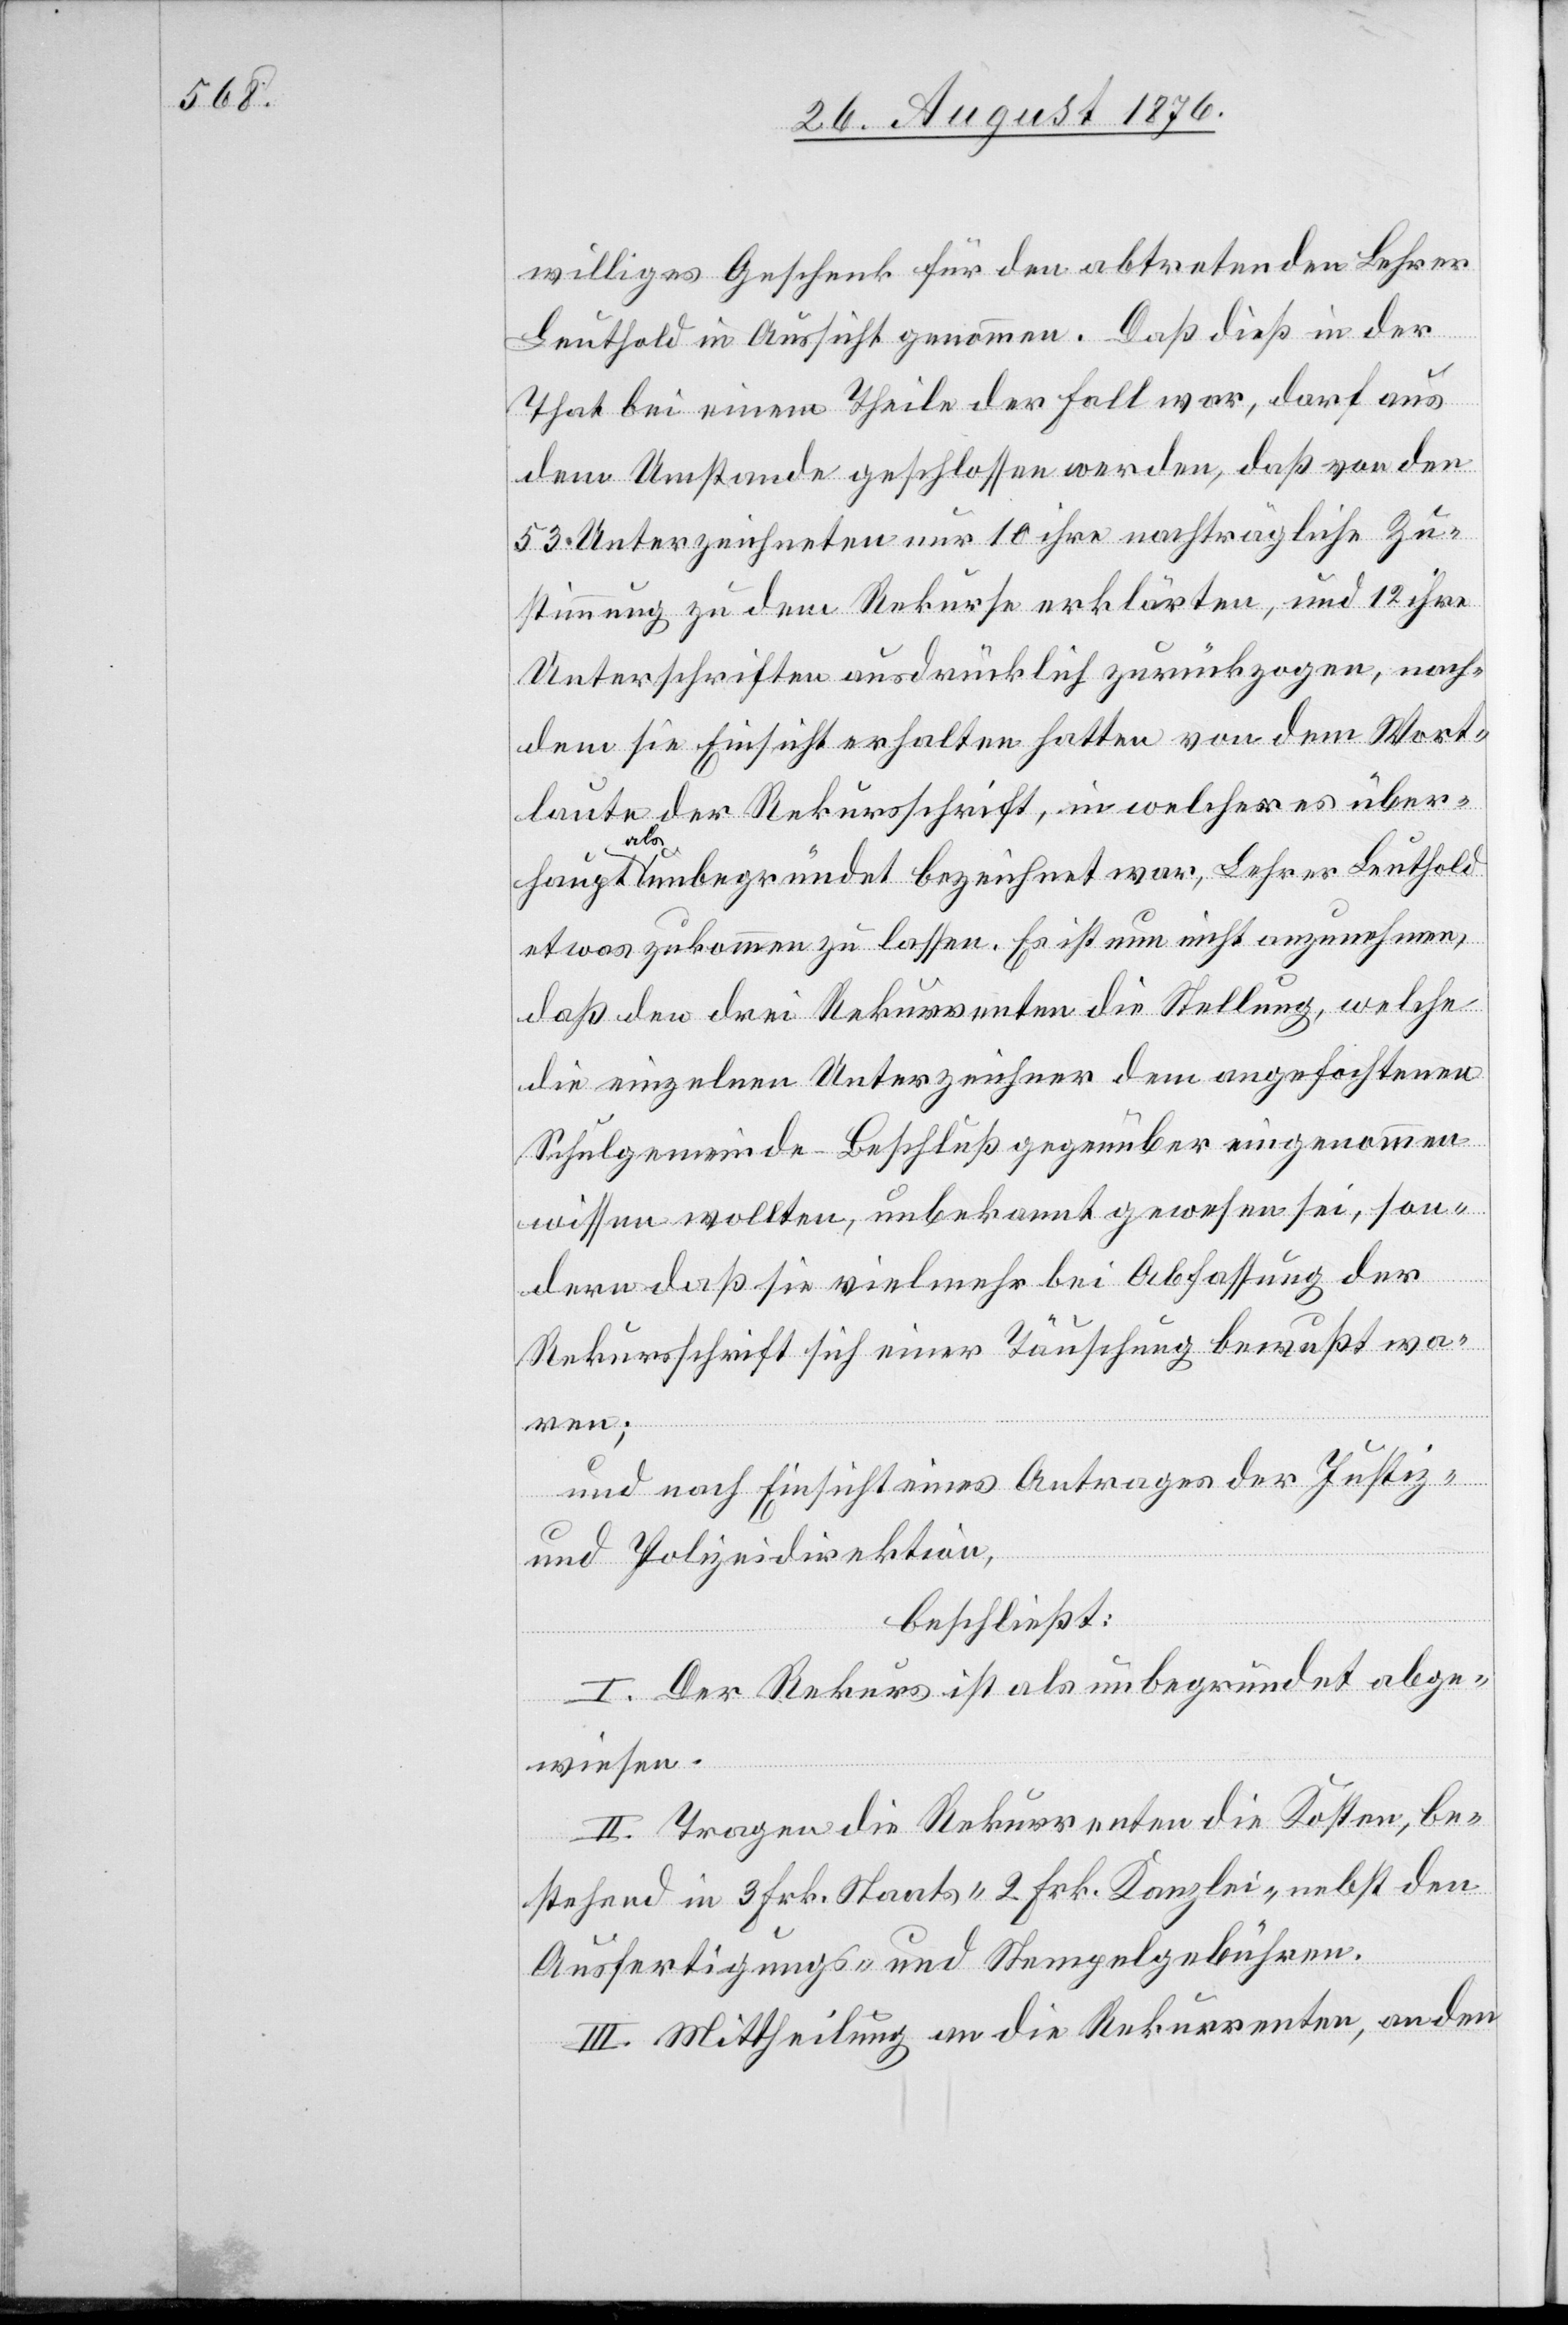
williges Geschenk für den abtretenden Lehrer
Leuthold in Aussicht genommen. Daß dieß in der
That bei einem Theile der Fall war, darf aus
dem Umstande geschlossen werden, daß von den
53 Unterzeichneten nur 10 ihre nachträgliche Zu¬
stimmung zu dem Rekurse erklärten, und 12 ihre
Unterschriften ausdrücklich zurückzogen, nach¬
dem sie Einsicht erhalten hatten von dem Wort¬
laute der Rekursschrift, in welcher es über¬
haupt als unbegründet bezeichnet war, Lehrer Leuthold
etwas zukommen zu lassen. Es ist nun nicht anzunehmen,
daß den drei Rekurrenten die Stellung, welche
die einzelnen Unterzeichner dem angefochtenen
Schulgemeinde-Beschluß gegenüber eingenommen
wissen wollten, unbekannt gewesen sei, son¬
dern daß sie vielmehr bei Abfassung der
Rekursschrift sich einer Täuschung bewußt wa¬
ren;
und nach Einsicht eines Antrages der Justiz-
und Polizeidirektion,
beschließt:
I. Der Rekurs ist als unbegründet abge¬
wiesen.
II. Tragen die Rekurrenten die Kosten, be¬
stehend in 3 Frk. Staats-[,] 2. Frk. Kanzlei. nebst den
Ausfertigungs- und Stempelgebühren.
III. Mittheilung an die Rekurrenten, an den